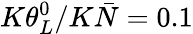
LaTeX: K{\theta_{L}^{0}}/{K\bar{N}}=0.1